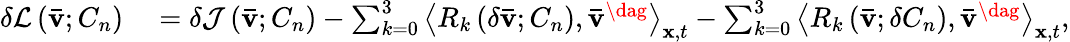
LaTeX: \begin{array}{rl}{\delta\mathcal{L}\left({{\mathbf{\bar{v}}};{C_{n}}}\right)}&{{}=\delta{\mathcal J}\left({{\mathbf{\bar{v}}};{C_{n}}}\right)-\sum_{k=0}^{3}{{{\left\langle{{R_{k}}\left({\delta{\mathbf{\bar{v}}};{C_{n}}}\right),{{{\mathbf{\bar{v}}}}^{\dag}}}\right\rangle}_{{\mathbf{x}},t}}}-\sum_{k=0}^{3}{{{\left\langle{{R_{k}}\left({{\mathbf{\bar{v}}};\delta{C_{n}}}\right),{{{\mathbf{\bar{v}}}}^{\dag}}}\right\rangle}_{{\mathbf{x}},t}}},}\end{array}